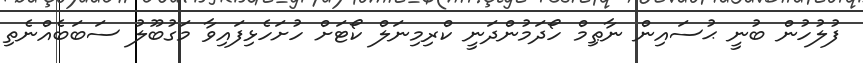
ފުލުހުން ބުނީ ޙުސައިން ނާޠިމް ހޯދަމުންދަނީ ކްރިމިނަލް ކޯޓަށް ހުށަހެޅިފައިވާ މަގުބޫލު ސަބަބެއްނެތި